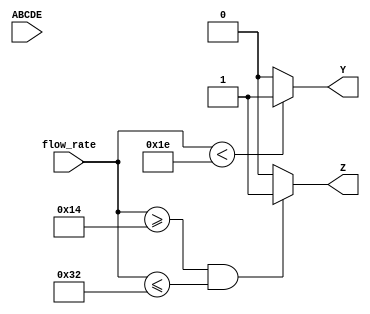
module FlowMeter(
  input wire [4:0] ABCDE,   // 5-bit input representing flow conditions
  input wire [5:0] flow_rate, // Flow rate input in Liters per minute

  output wire Y,            // Output Y
  output wire Z             // Output Z
);

  // Define the thresholds for different flow rates
  parameter MIN_FLOW_10 = 10;
  parameter MIN_FLOW_20 = 20;
  parameter MIN_FLOW_30 = 30;
  parameter MIN_FLOW_40 = 40;
  parameter MIN_FLOW_50 = 50;

  // Output Y logic
  assign Y = (flow_rate < MIN_FLOW_30) ? 1'b1 : 1'b0;

  // Output Z logic
  assign Z = ((flow_rate >= MIN_FLOW_20) && (flow_rate <= MIN_FLOW_50)) ? 1'b1 : 1'b0;

endmodule